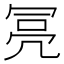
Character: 𠖍